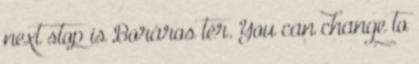
next stop is Boráros tér. You can change to